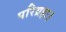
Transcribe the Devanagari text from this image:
परिग्रहः।